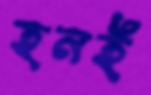
হনই